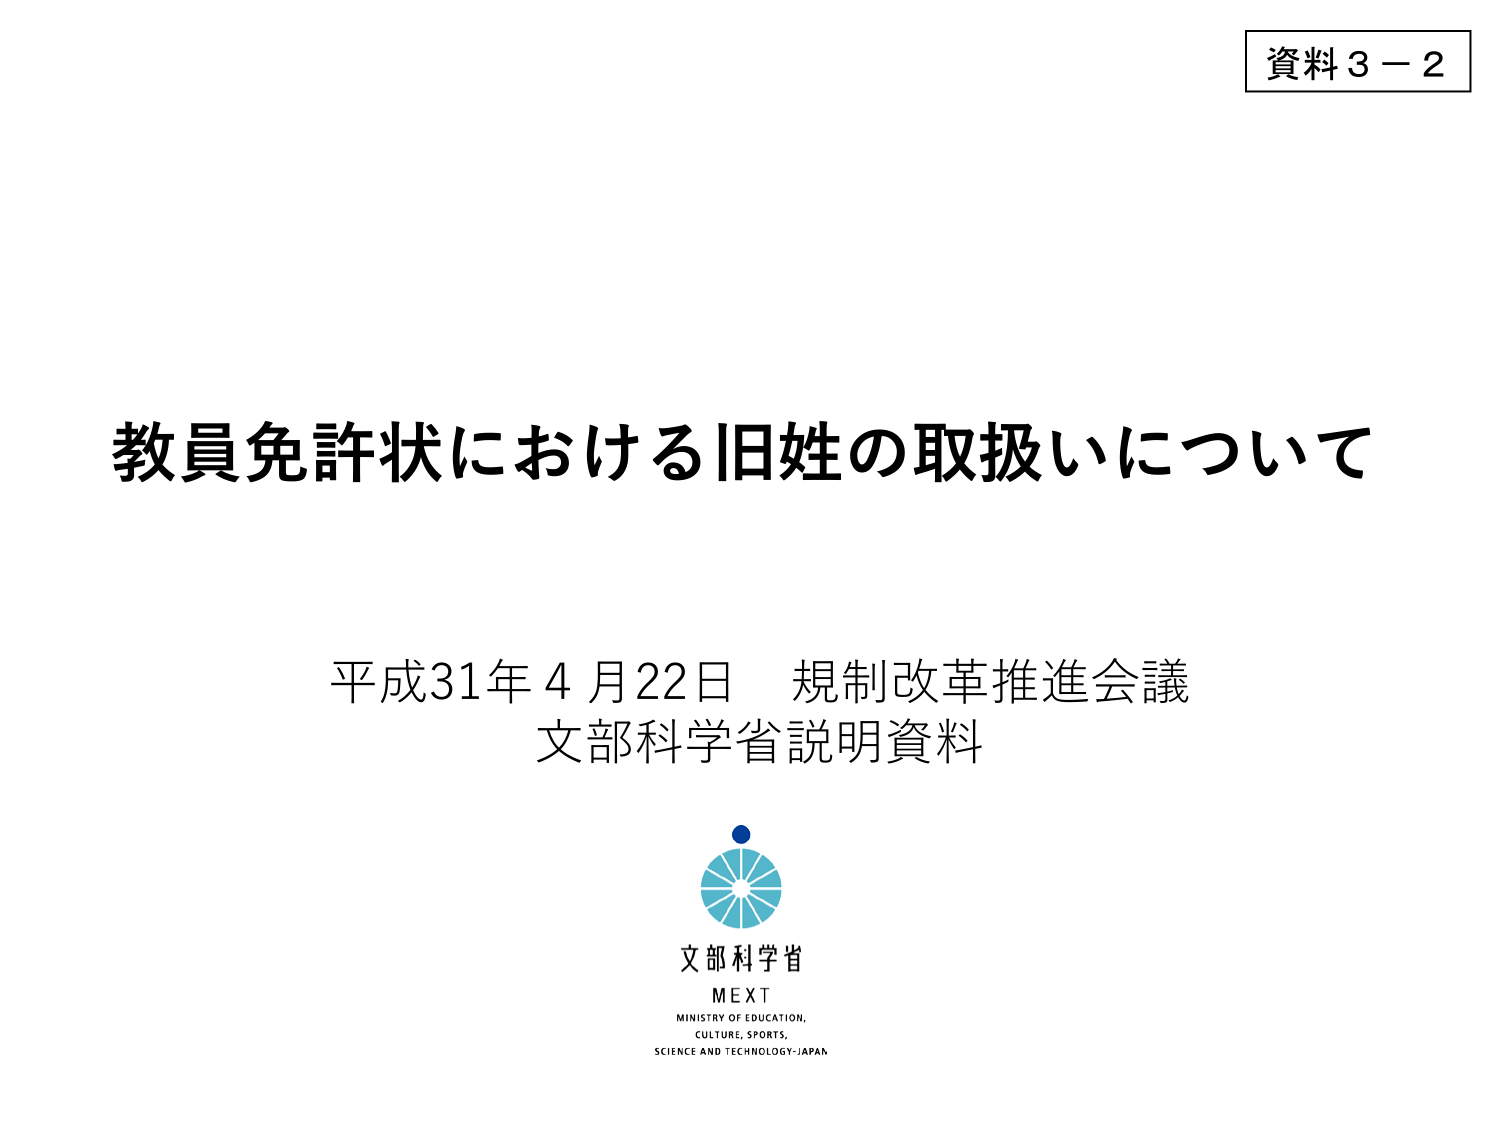
資料３－２

教員免許状における旧姓の取扱いについて

平成31年4月22日 規制改革推進会議
文部科学省説明資料

文部科学省
MEXT
MINISTRY OF EDUCATION,
CULTURE, SPORTS,
SCIENCE AND TECHNOLOGY-JAPAN